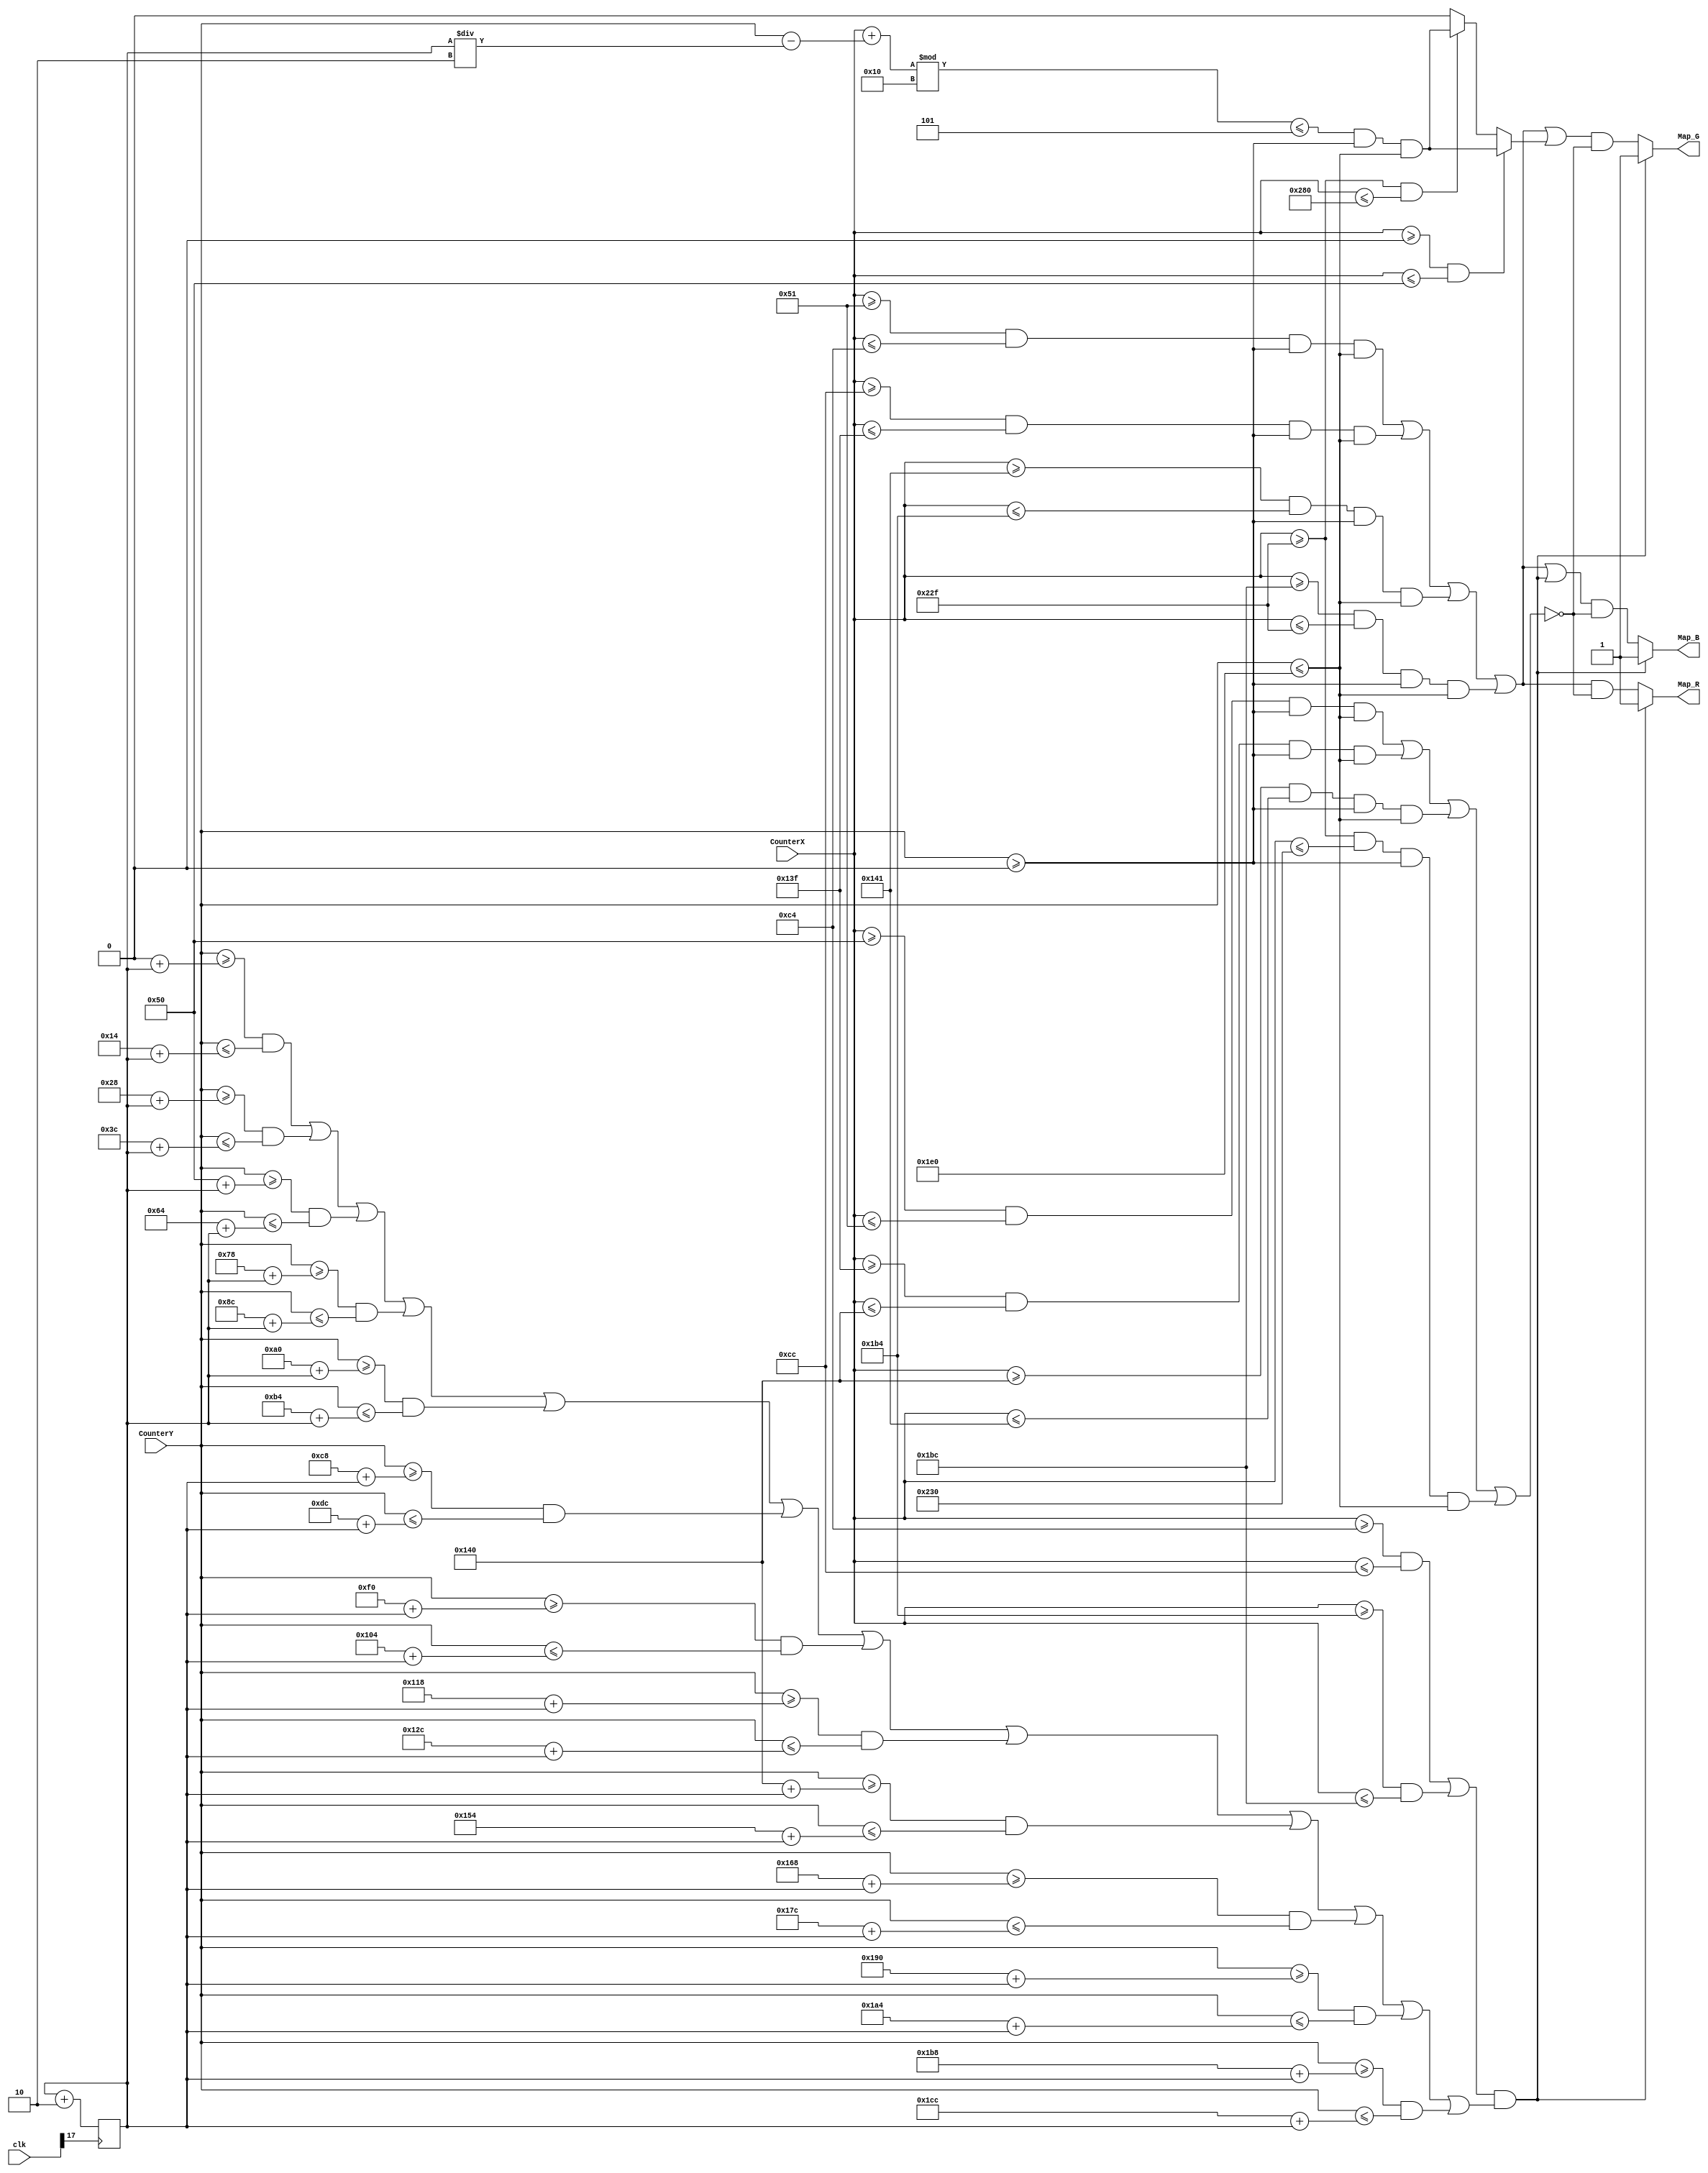
`timescale 1ns / 1ps
//////////////////////////////////////////////////////////////////////////////////
// Company: 
// Engineer: 
// 
// Design Name: 
// Module Name:    Map 
// Project Name: 
// Target Devices: 
// Tool versions: 
// Description: 
//
// Dependencies: 
//
// Revision: 
// Revision 0.01 - File Created
// Additional Comments: 
//
//////////////////////////////////////////////////////////////////////////////////
module Map(clk,CounterX,CounterY,Map_R,Map_G,Map_B);
input [24:0]clk;
input [9:0] CounterX;
input [8:0] CounterY;
output reg Map_R,Map_G,Map_B;
reg Ground,Road,Border,block,g1;
reg [5:0] Positiony;
reg Positionx=0;
always @ (posedge clk[17])//32778
if (Positiony == 480) Positiony <= 0;
else  Positiony <= Positiony + 2; 

always @ (CounterX or CounterY)
begin


Ground <= ((CounterX>=0 && CounterX<=80 && CounterY>=0 && CounterY<=480) ||
			 (CounterX>=560 && CounterX<=640 && CounterY>=0 && CounterY<=480) );
Border <= ((CounterX>=80 && CounterX<=81 && CounterY>=0 && CounterY<=480 )
			||  (CounterX>=319 && CounterX<=320 && CounterY>=0 && CounterY<=480)
			||  (CounterX>=320 && CounterX<=321 && CounterY>=0 && CounterY<=480)
			||  (CounterX>=559 && CounterX<=560 && CounterY>=0 && CounterY<=480));
Road   <=(  (CounterX>=81 && CounterX <= 196 && CounterY>=0 && CounterY<=480)
			|| (CounterX>=204 && CounterX <= 319 && CounterY>=0 && CounterY<=480)
			|| (CounterX>=321 && CounterX <= 436 && CounterY>=0 && CounterY<=480)
			|| (CounterX>=444 && CounterX <= 559 && CounterY>=0 && CounterY<=480) ) ;
block  <= (( (CounterX>=196 && CounterX <= 204 )|| (CounterX>=436 && CounterX <= 444 ) )
			&&(( CounterY>=0+Positiony && CounterY<=20+Positiony)     ||(CounterY>=40+Positiony && CounterY<=60+Positiony)    ||( CounterY>=80+Positiony && CounterY<=100+Positiony)  
			||( CounterY>=120+Positiony &&CounterY<=140+Positiony)   ||( CounterY>=160+Positiony && CounterY<=180+Positiony)  ||( CounterY>=200+Positiony && CounterY<=220+Positiony) 
			||( CounterY>=240+Positiony && CounterY<=260+Positiony)  ||(CounterY>=280+Positiony && CounterY<=300+Positiony)   ||( CounterY>=320+Positiony && CounterY<=340+Positiony)  
			||( CounterY>=360+Positiony && CounterY<=380+Positiony)  ||( CounterY>=400+Positiony &&CounterY<=420+Positiony)   ||( CounterY>=440+Positiony && CounterY<=460+Positiony) ) ) ;

if((CounterX>=0) && (CounterX<=80))
			g1  <= ((((CounterX + (CounterY-Positiony/2))% 16 <= 5) ) && (CounterY >=0 ) && (CounterY<=480));
else if((CounterX>=559) && (CounterX<=640))
			g1  <= ((((CounterX + (CounterY-Positiony/2))% 16 <= 5) ) && (CounterY>=0) && (CounterY<=480));
else 
			g1<=0;
if(block==1)
	begin
	Map_R = 1;
	Map_G = 1;
	Map_B = 1;
	end
else
	begin
	Map_R = ( Road   )& ~Border;
	Map_G = ( Road |g1 )& ~Border ;
	Map_B = ( Road | block  ) & ~Border ;
	end

end

endmodule